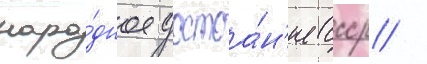
наро́дное достоа́н'ие ссср /